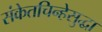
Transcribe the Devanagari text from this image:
संकेतचिन्हेसुद्धा